Indian journal of veterinary science and animal husbandry - Volume 6,
Year: 1936
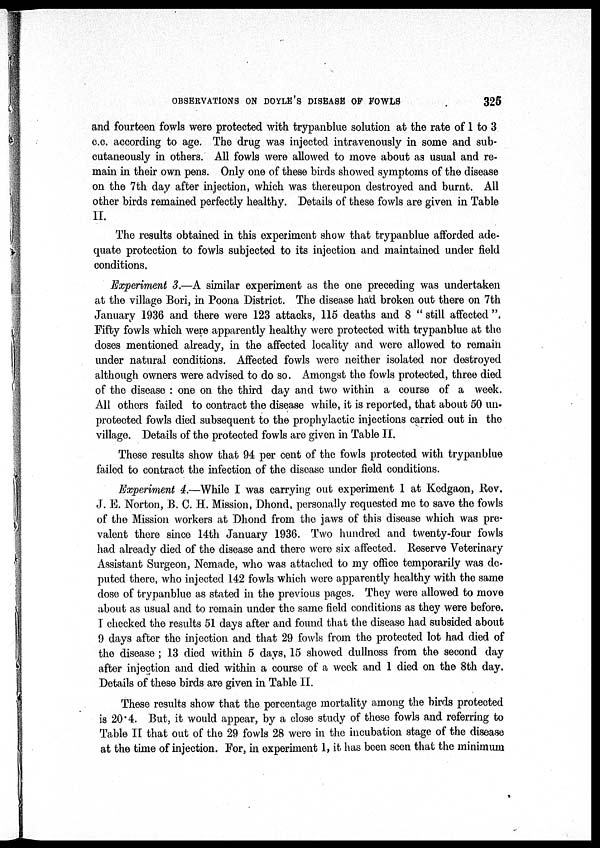
OBSERVATIONS ON DOYLE'S DISEASE OF
FOWLS
325
and fourteen fowls were protected with trypanblue solution at the rate of 1 to 3
c.c. according to age. The drug was injected intravenously in some and sub¬
cutaneously in others. All fowls were allowed to move about as usual and re-
main in their own pens. Only one of these birds showed symptoms of the disease
on the 7th day after injection, which was thereupon destroyed and burnt. All
other birds remained perfectly healthy. Details of these fowls are given in Table
II.
The results obtained in this experiment show that trypanblue afforded ade-
quate protection to fowls subjected to its injection and maintained under field
conditions.
Experiment 3.—A similar experiment as the one preceding was undertaken
at the village Bori, in Poona District. The disease had broken out there on 7th
January 1936 and there were 123 attacks, 115 deaths and 8 " still affected ".
Fifty fowls which were apparently healthy were protected with trypanblue at the
doses mentioned already, in the affected locality and were allowed to remain
under natural conditions. Affected fowls were neither isolated nor destroyed
although owners were advised to do so. Amongst the fowls protected, three died
of the disease : one on the third day and two within a course of a week.
All others failed to contract the disease while, it is reported, that about 50 un-
protected fowls died subsequent to the prophylactic injections carried out in the
village. Details of the protected fowls are given in Table II.
These results show that 94 per cent of the fowls protected with trypanblue
failed to contract the infection of the disease under field conditions.
Experiment 4.—While I was carrying out experiment 1 at Kedgaon, Rev.
J. E. Norton, B. C. H. Mission, Dhond, personally requested me to save the fowls
of the Mission workers at Dhond from the jaws of this disease which was pre-
valent there since 14th January 1936. Two hundred and twenty-four fowls
had already died of the disease and there were six affected. Reserve Veterinary
Assistant Surgeon, Nemade, who was attached to my office temporarily was de-
puted there, who injected 142 fowls which were apparently healthy with the same
dose of trypanblue as stated in the previous pages. They were allowed to move
about as usual and to remain under the same field conditions as they were before.
I checked the results 51 days after and found that the disease had subsided about
9 days after the injection and that 29 fowls from the protected lot had died of
the disease ; 13 died within 5 days, 15 showed dullness from the second day
after injection and died within a course of a week and 1 died on the 8th day.
Details of these birds are given in Table II.
These results show that the percentage mortality among the birds protected
is 20.4. But, it would appear, by a close study of these fowls and referring to
Table II that out of the 29 fowls 28 were in the incubation stage of the disease
at the time of injection. For, in experiment 1, it has been seen that the minimum